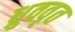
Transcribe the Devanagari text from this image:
ध्रुववृत